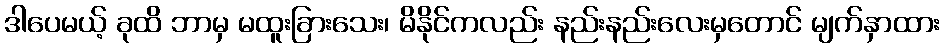
ဒါပေမယ့် ခုထိ ဘာမှ မထူးခြားသေး၊ မိနိုင်ကလည်း နည်းနည်းလေးမှတောင် မျက်နှာထား